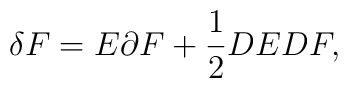
\delta F=E\partial F+\frac{1}{2}DE DF,